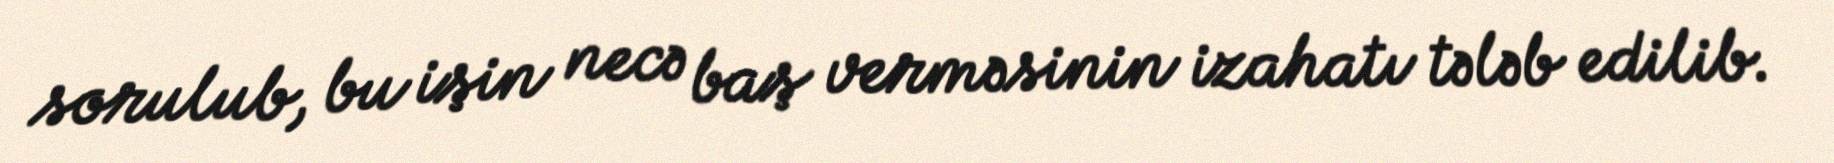
sorulub, bu işin necə baş verməsinin izahatı tələb edilib.